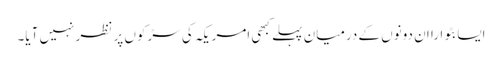
ایسا بٹوارا ان دونوں کے درمیان پہلے کبھی امریکہ کی سڑکوں پر نظر نہیں آیا۔